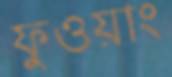
ফুওয়াং